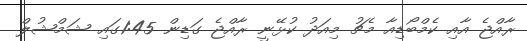
ރާއްޖެ އާއި ކެމްބޯޑިއާ މެޗު މިއަދު ކުޅޭނީ ރާއްޖެ ގަޑިން 1:45ގައި ޝަމްޝުލް